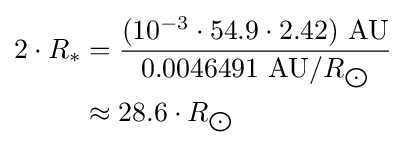
{\begin{aligned}2\cdot R_{*}&={\frac {(10^{-3}\cdot 54.9\cdot 2.42)\ {\text{AU}}}{0.0046491\ {\text{AU}}/R_{\bigodot }}}\\&\approx 28.6\cdot R_{\bigodot }\end{aligned}}